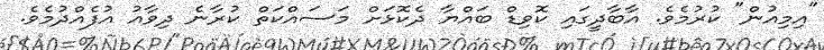
"އިމިއުން" ކުރުމެވެ. އާބާދީގައި ކޮވިޑް ބައްޔާ ދެކޮޅަށް މަސައްކަތް ކުރާނެ ދިވާއު އުފެއްދުމެވެ.